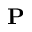
\mathbf P